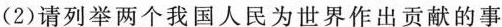
(2)请列举两个我国人民为世界作出贡献的事